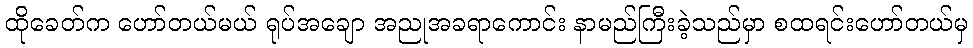
ထိုခေတ်က ဟော်တယ်မယ် ရုပ်အချော အညုအခရာကောင်း နာမည်ကြီးခဲ့သည်မှာ စထရင်းဟော်တယ်မှ